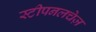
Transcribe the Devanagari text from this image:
स्टीपनलचेज़